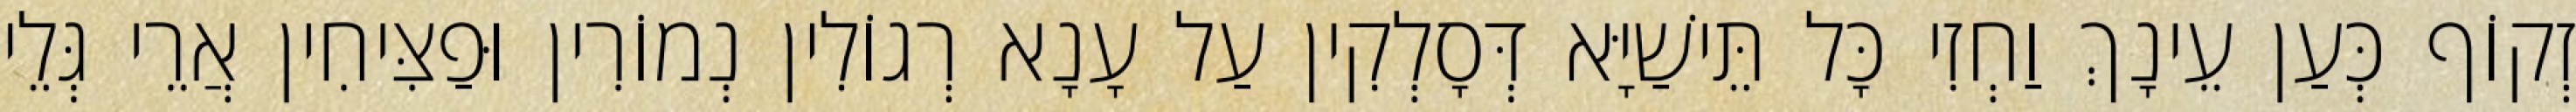
זְקוֹף כְּעַן עֵינָךְ וַחְזִי כָּל תֵּישַׁיָּא דְּסָלְקִין עַל עָנָא רְגוֹלִין נְמוֹרִין וּפַצִּיחִין אֲרֵי גְּלֵי